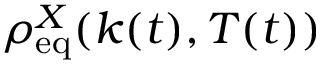
\rho _ { \mathrm { e q } } ^ { X } ( k ( t ) , T ( t ) )